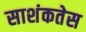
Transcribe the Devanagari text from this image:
साशंकतेस